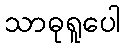
သာဓုရူပေါ